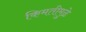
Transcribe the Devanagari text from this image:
किमतीमुळे